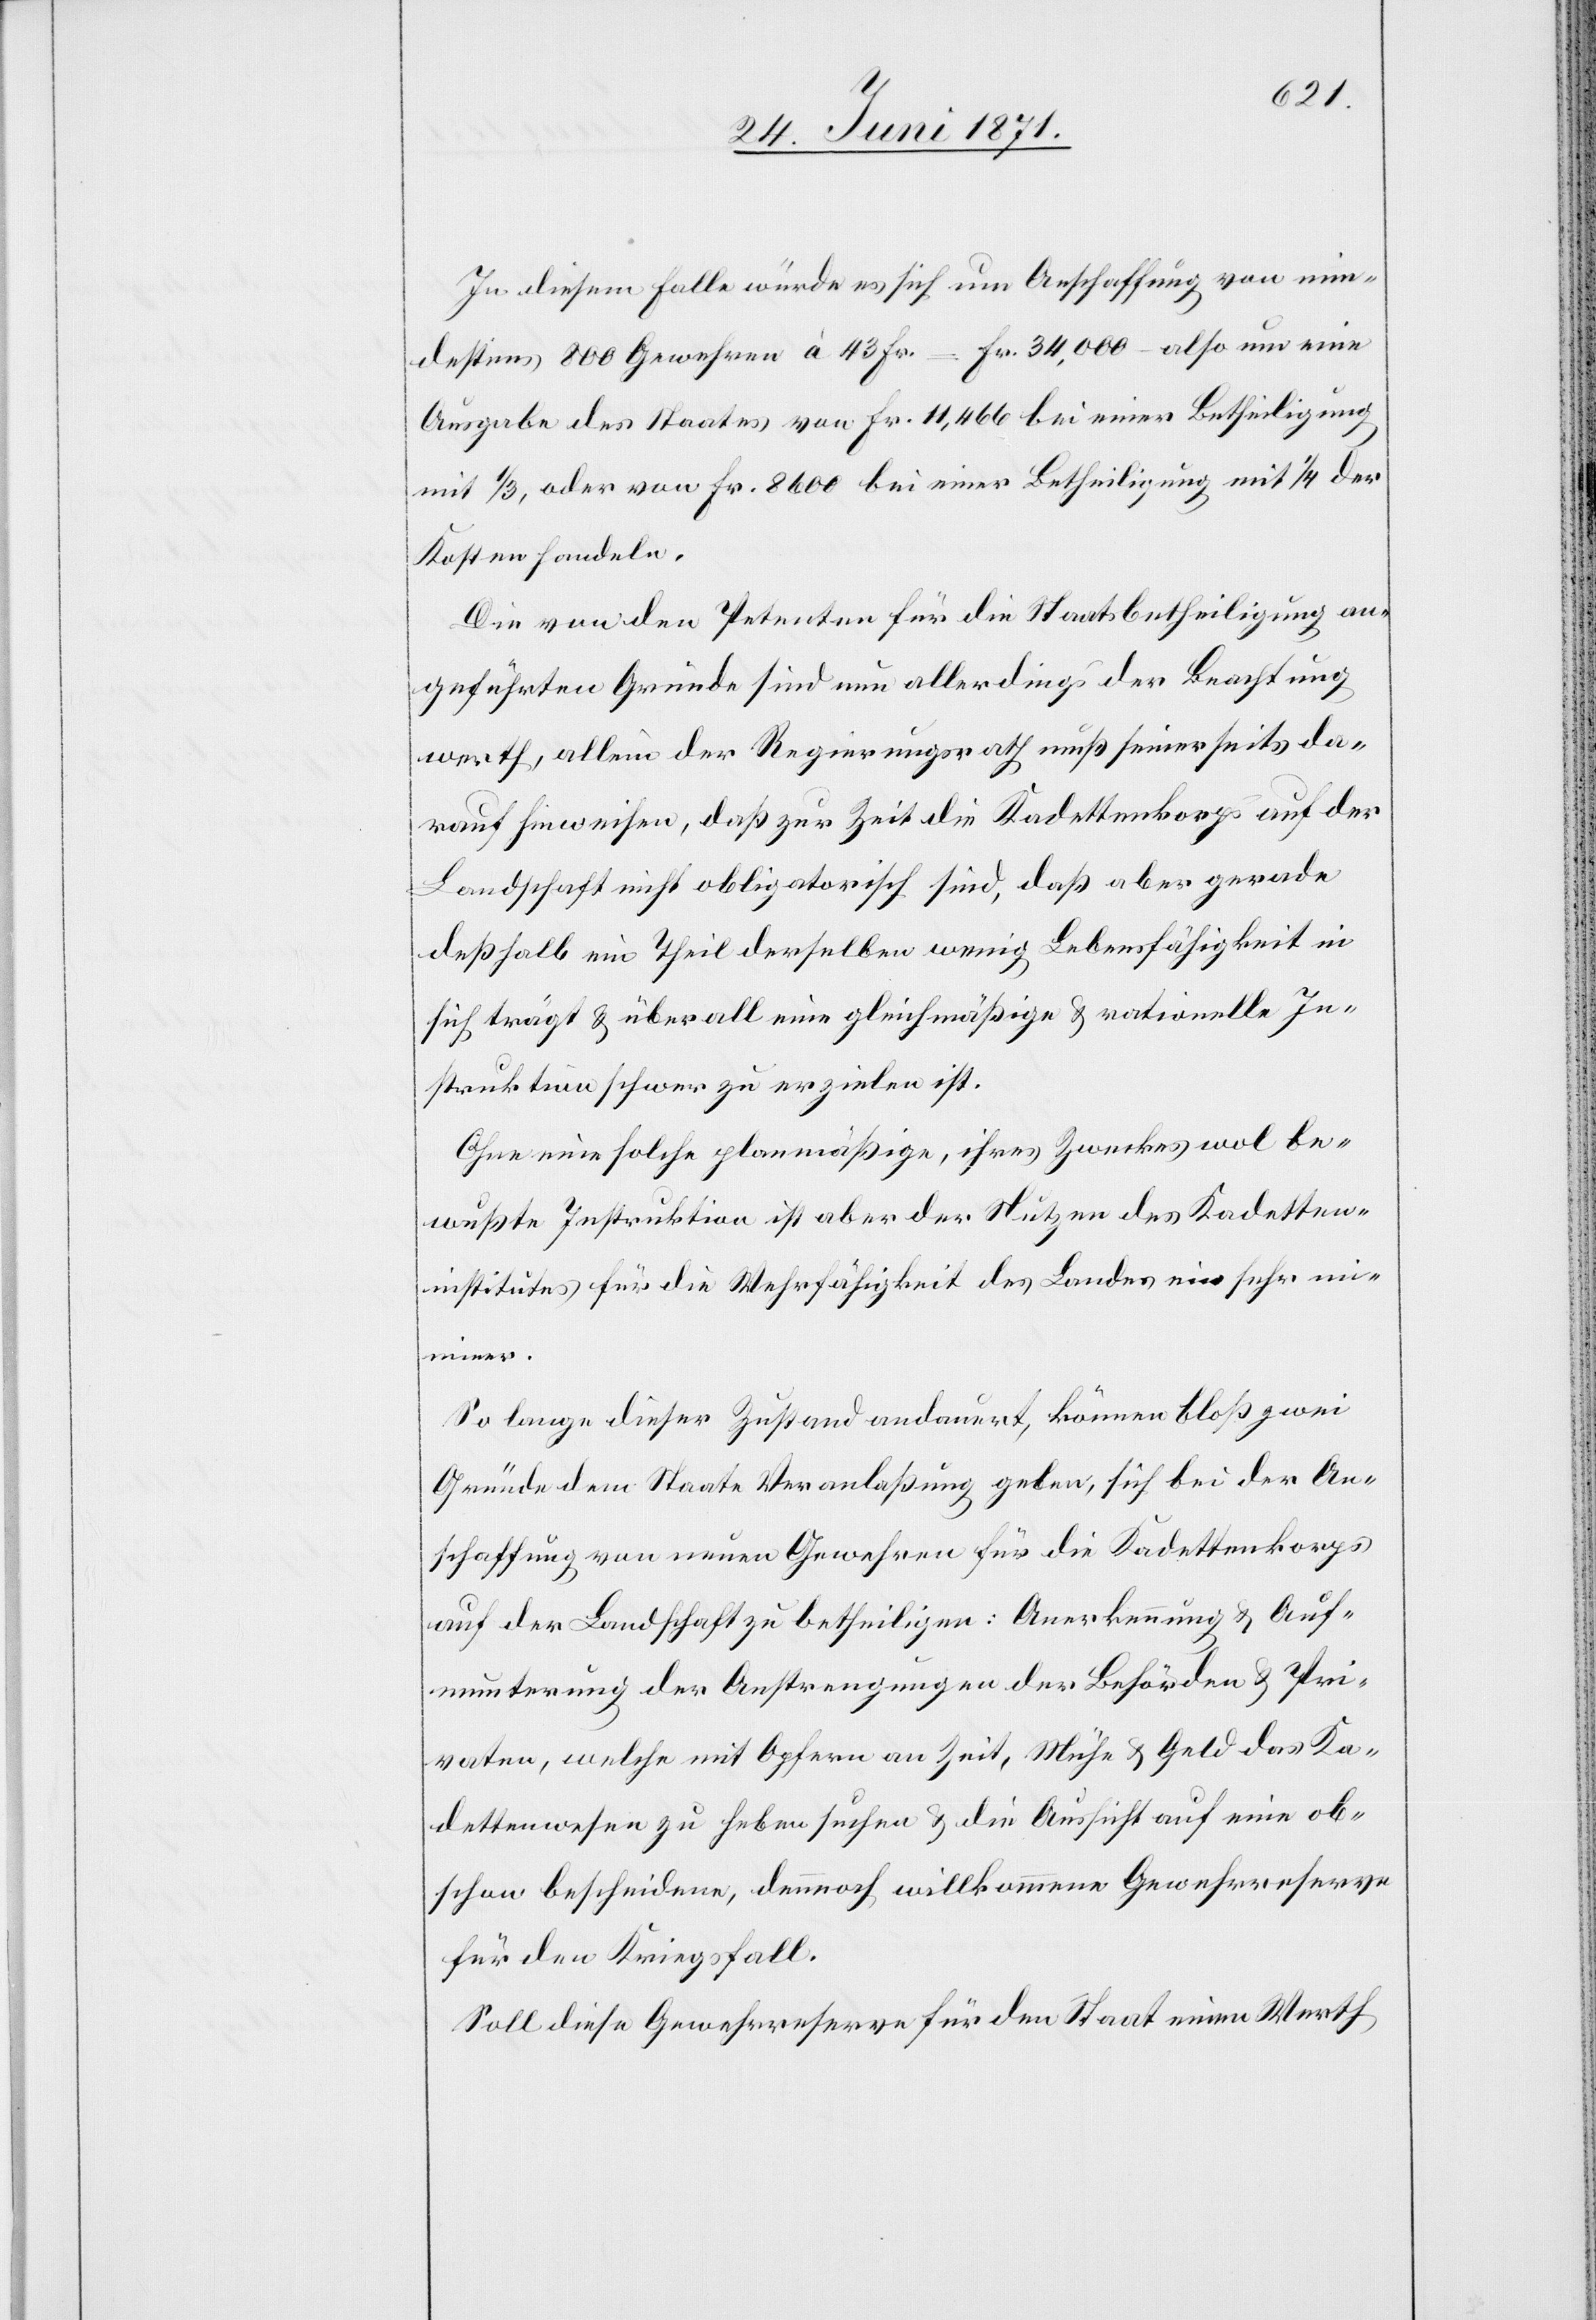
In diesem Falle würde es ich um Anschaffung von min¬
destens 800 Gewehren à 43 Fr. = Fr. 34,000 – also um eine
Ausgabe des Staates von Fr. 11,466 bei einer Betheiligung
mit 1/3, oder von Fr. 8600 bei einer Betheiligung mit 1/4 der
Kosten handeln.
Die von den Petenten für die Staatsbetheiligung an¬
geführten Gründe sind nun allerdings der Beachtung
werth, allein der Regierungsrath muß seinerseits da¬
rauf hinweisen, daß zur Zeit die Kadettenkorps auf der
Landschaft nicht obligatorisch sind, daß aber gerade
deßhalb ein Theil derselben wenig Lebensfähigkeit in
sich trägt u. überall eine gleichmäßige u. rationelle In¬
struktion schwer zu erzielen ist.
Ohne eine solche planmäßige, ihres Zweckes wol be¬
wußte Instruktion ist aber der Nutzen des Kadetten¬
institutes für die Wehrfähigkeit des Landes ein sehr m¬
inimer.
So lange dieser Zustand andauert, können bloß zwei
Gründe dem Staate Veranlaßung geben, sich bei der An¬
schaffung von neuen Gewehren für die Kadettenkorps
auf der Landschaft zu betheiligen: Anerkennung u. Auf¬
munterung der Anstrengungen der Behörden u. Pri¬
vaten, welche mit Opfern an Zeit, Mühe u. Geld das Ka¬
dettenwesen zu heben suchen u. die Aussicht auf eine ob¬
schon bescheidene, dennoch willkommene Gewehrreserve
für den Kriegsfall.
Soll diese Gewehrreserve für den Staat einen Werth